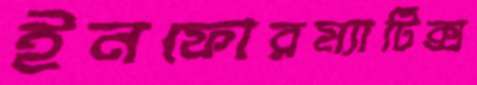
ইনফোরম্যাটিক্স